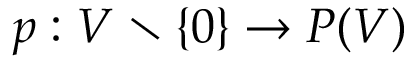
p : V \setminus \{ 0 \} \to P ( V )